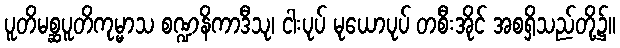
ပူတိမစ္ဆပူတိကုမ္မာသ စဏ္ဍနိကာဒီသု၊ ငါးပုပ် မုယောပုပ် တစီးအိုင် အစရှိသည်တို့၌။